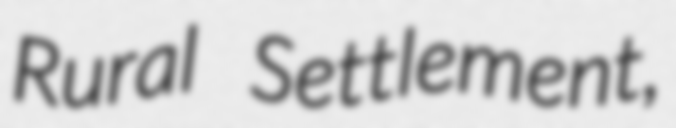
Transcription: Rural Settlement,